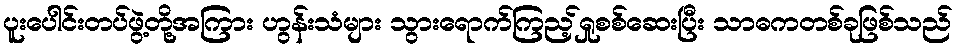
ပူးပေါင်းတပ်ဖွဲ့တို့အကြား ဟွန်းသံများ သွားရောက်ကြည့်ရှုစစ်ဆေးပြီး သာဓကတစ်ခုဖြစ်သည်